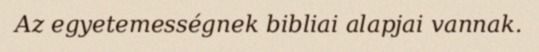
Az egyetemességnek bibliai alapjai vannak.